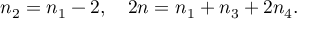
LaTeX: n _ { 2 } = n _ { 1 } - 2 , \quad 2 n = n _ { 1 } + n _ { 3 } + 2 n _ { 4 } .